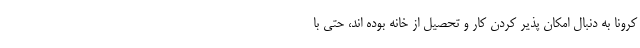
کرونا به دنبال امکان پذیر کردن کار و تحصیل از خانه بوده اند، حتی با